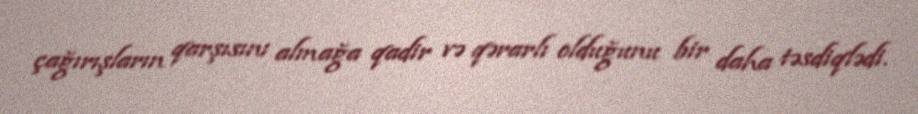
çağırışların qarşısını almağa qadir və qərarlı olduğunu bir daha təsdiqlədi.